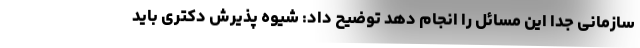
سازمانی جدا این مسائل را انجام دهد توضیح داد: شیوه پذیرش دکتری باید